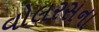
વોલરસના